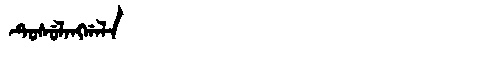
Manchu: ᡨᡠᠰᡠᠯᠠᠩᡤᠠᠯᠠ
Romanization: TUSULANGGALA